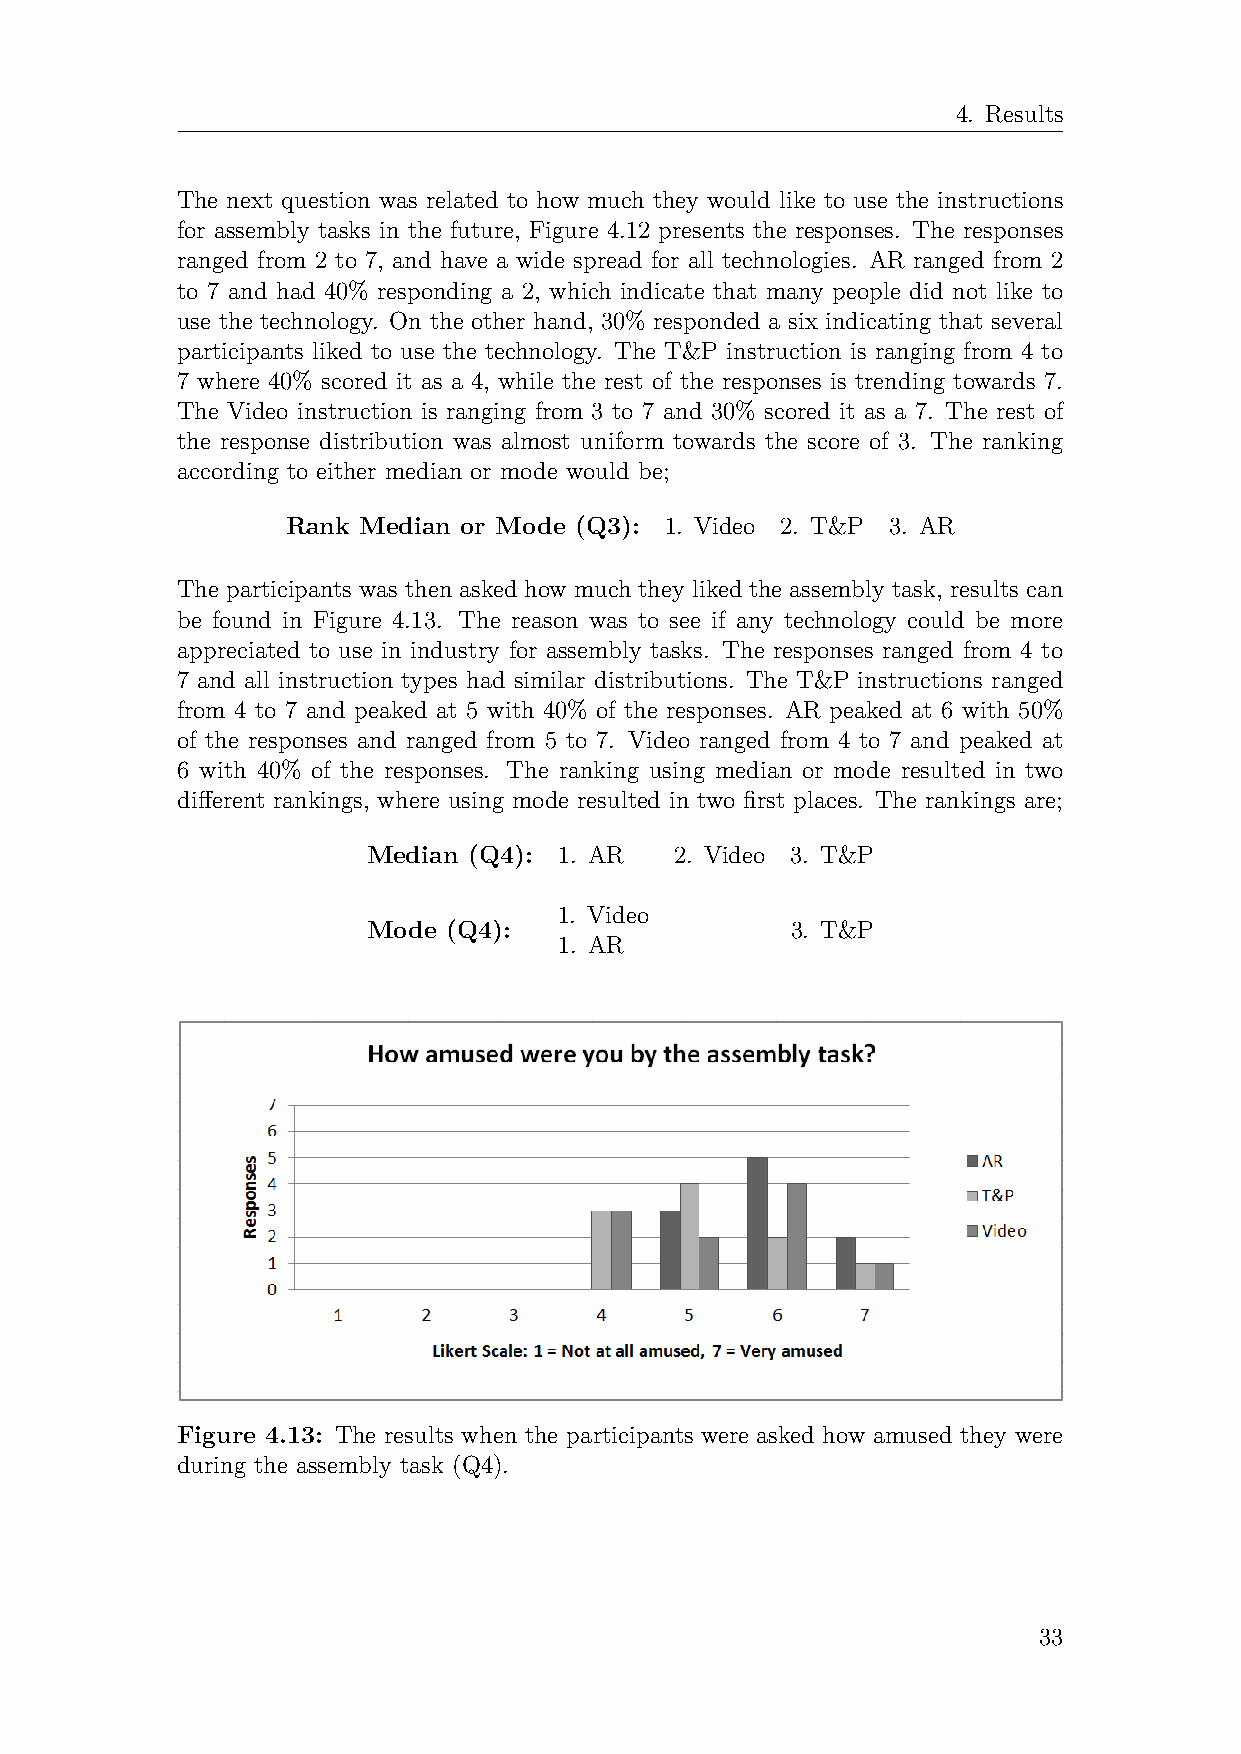
4. Results
 The next question was related to how much they would like to use the instructions
 for assembly tasks in the future, Figure 4.12 presents the responses. The responses
 ranged from 2 to 7, and have a wide spread for all technologies. AR ranged from 2
 to 7 and had 40% responding a 2, which indicate that many people did not like to
 use the technology. On the other hand, 30% responded a six indicating that several
 participants liked to use the technology. The T&P instruction is ranging from 4 to
 7 where 40% scored it as a 4, while the rest of the responses is trending towards 7.
 The Video instruction is ranging from 3 to 7 and 30% scored it as a 7. The rest of
 the response distribution was almost uniform towards the score of 3. The ranking
 according to either median or mode would be;
 Rank Median or Mode (Q3): 1. Video 2. T&P 3. AR
 The participants was then asked how much they liked the assembly task, results can
 be found in Figure 4.13. The reason was to see if any technology could be more
 appreciated to use in industry for assembly tasks. The responses ranged from 4 to
 7 and all instruction types had similar distributions. The T&P instructions ranged
 from 4 to 7 and peaked at 5 with 40% of the responses. AR peaked at 6 with 50%
 of the responses and ranged from 5 to 7. Video ranged from 4 to 7 and peaked at
 6 with 40% of the responses. The ranking using median or mode resulted in two
 different rankings, where using mode resulted in two first places. The rankings are;
 Median (Q4): 1. AR   2. Video 3. T&P
 1. Video
 Mode  (Q4):                 3. T&P
 1. AR
 Figure 4.13: The results when the participants were asked how amused they were
 during the assembly task (Q4).
 33